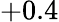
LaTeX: +0.4